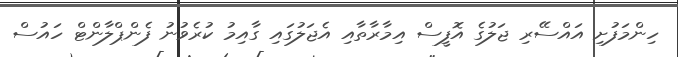
ހިންމަފުށި އައްސޭރި ޖަލުގެ އޮފީސް އިމާރާތާއި އެޖަލުގައި ގާއިމު ކުރެވުނު ފެންޕްލާންޓް ހައުސް